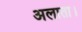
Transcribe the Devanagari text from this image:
अलाता।